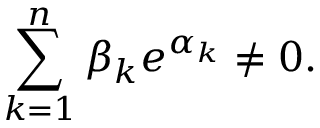
\sum _ { k = 1 } ^ { n } \beta _ { k } e ^ { \alpha _ { k } } \neq 0 .